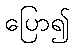
ပြော၍